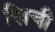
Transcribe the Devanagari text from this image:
खिची